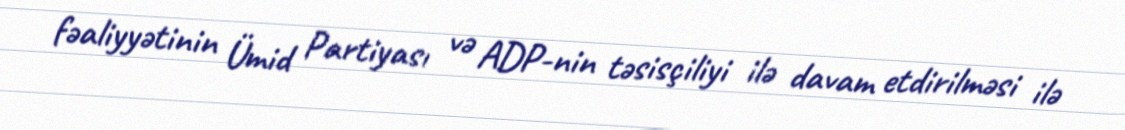
fəaliyyətinin Ümid Partiyası və ADP-nin təsisçiliyi ilə davam etdirilməsi ilə